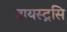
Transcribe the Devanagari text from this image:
वायस्ट्रसि